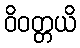
ဝိဝတ္တယိ